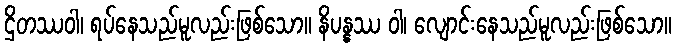
ဌိတဿဝါ၊ ရပ်နေသည်မူလည်းဖြစ်သော။ နိပန္နဿ ဝါ၊ လျောင်းနေသည်မူလည်းဖြစ်သော။